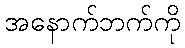
အနောက်ဘက်ကို